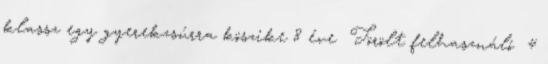
klassz egy gyerekzsúrra köszike 8 éve Törölt felhasználó 4